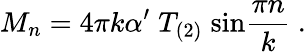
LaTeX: M_{n}=4\pi k\alpha^{\prime}\; T_{(2)}\; \mathrm{sin}{\frac{\pi n}{k}}\ .